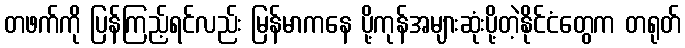
တဖက်ကို ပြန်ကြည့်ရင်လည်း မြန်မာကနေ ပို့ကုန်အများဆုံးပို့တဲ့နိုင်ငံတွေက တရုတ်